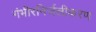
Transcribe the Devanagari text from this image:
गंभीरनिर्जलीकरण